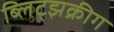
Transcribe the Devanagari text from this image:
ब्लिट्झक्रीग